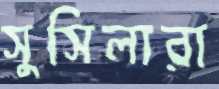
সুসিলারা